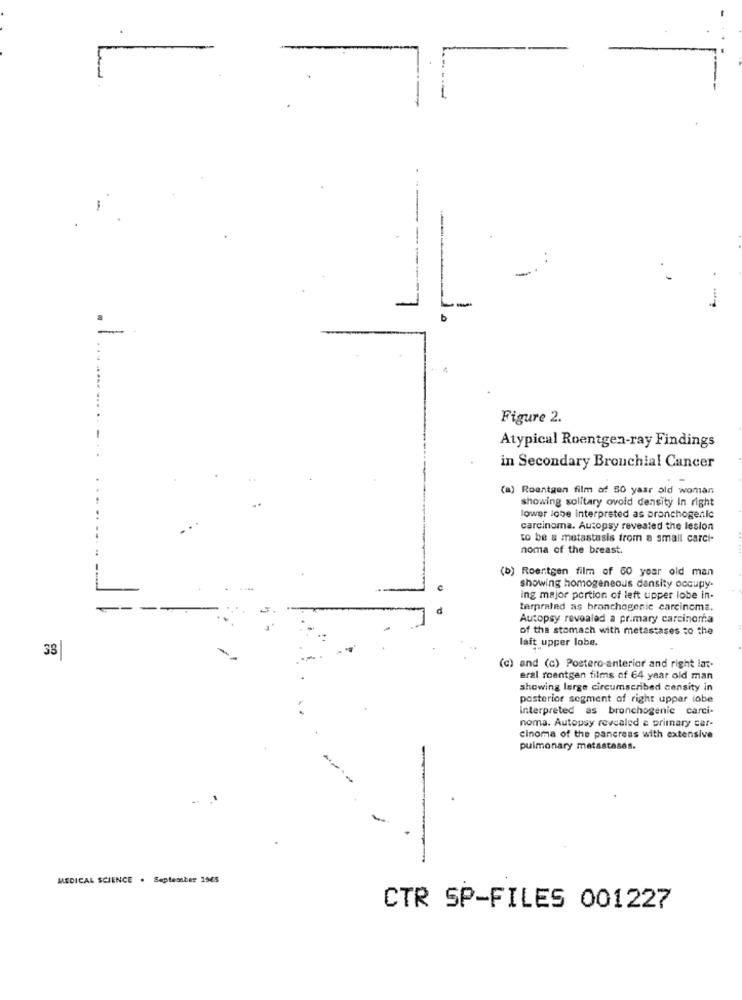
Figure 2.
Atypical Roentgen-ray Findings
in Secondary Bronchial Cancer
(a) Roentgen film of 50 year old woman
showing solitary ovoid density In right
lower lobe interpreted as bronchogenic
carcinoma. Autopsy revealed the lesion
to be a metastasis from a small carci-
noma of the breast.
(b) Roentgen film of 60 year old man
showing homogeneous density occupy.
ing major portion of left upper lobe in-
temprated as bronchogenic carcinoma.
Autopsy revealed a primary carcinoma
of the stomach with metastases to the
lait upper lobe.
38
(c) and (c) Postero-anterior and right lat-
eral roentgen films of 64 year old man
showing large circumscribed censity in
posterior segment of right uppar tobe
Interpreted as bronchogenie carci-
noma. Autopsy revealed a primary car-
cinoma of the pancreas with extensive
pulmonary metastases.
-
MEDICAL SCIENCE . September 1945
CTR SP-FILES 001227